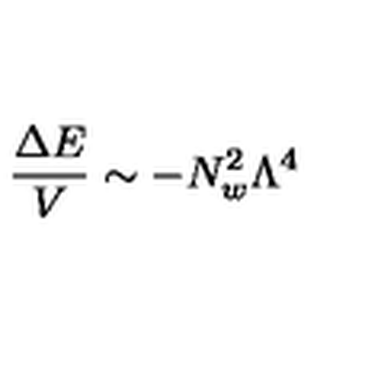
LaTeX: \frac { \Delta E } { V } \sim - N _ { w } ^ { 2 } \Lambda ^ { 4 }